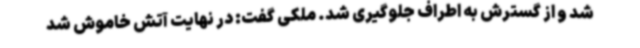
شد و از گسترش به اطراف جلوگیری شد. ملکی گفت: در نهایت آتش خاموش شد